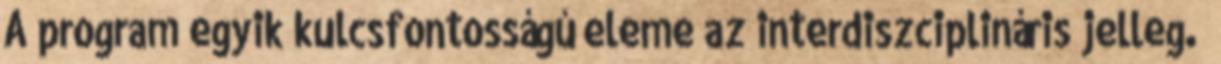
A program egyik kulcsfontosságú eleme az interdiszciplináris jelleg.